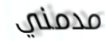
مدمني